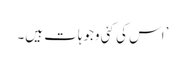
’اس کی کئی وجوہات ہیں۔